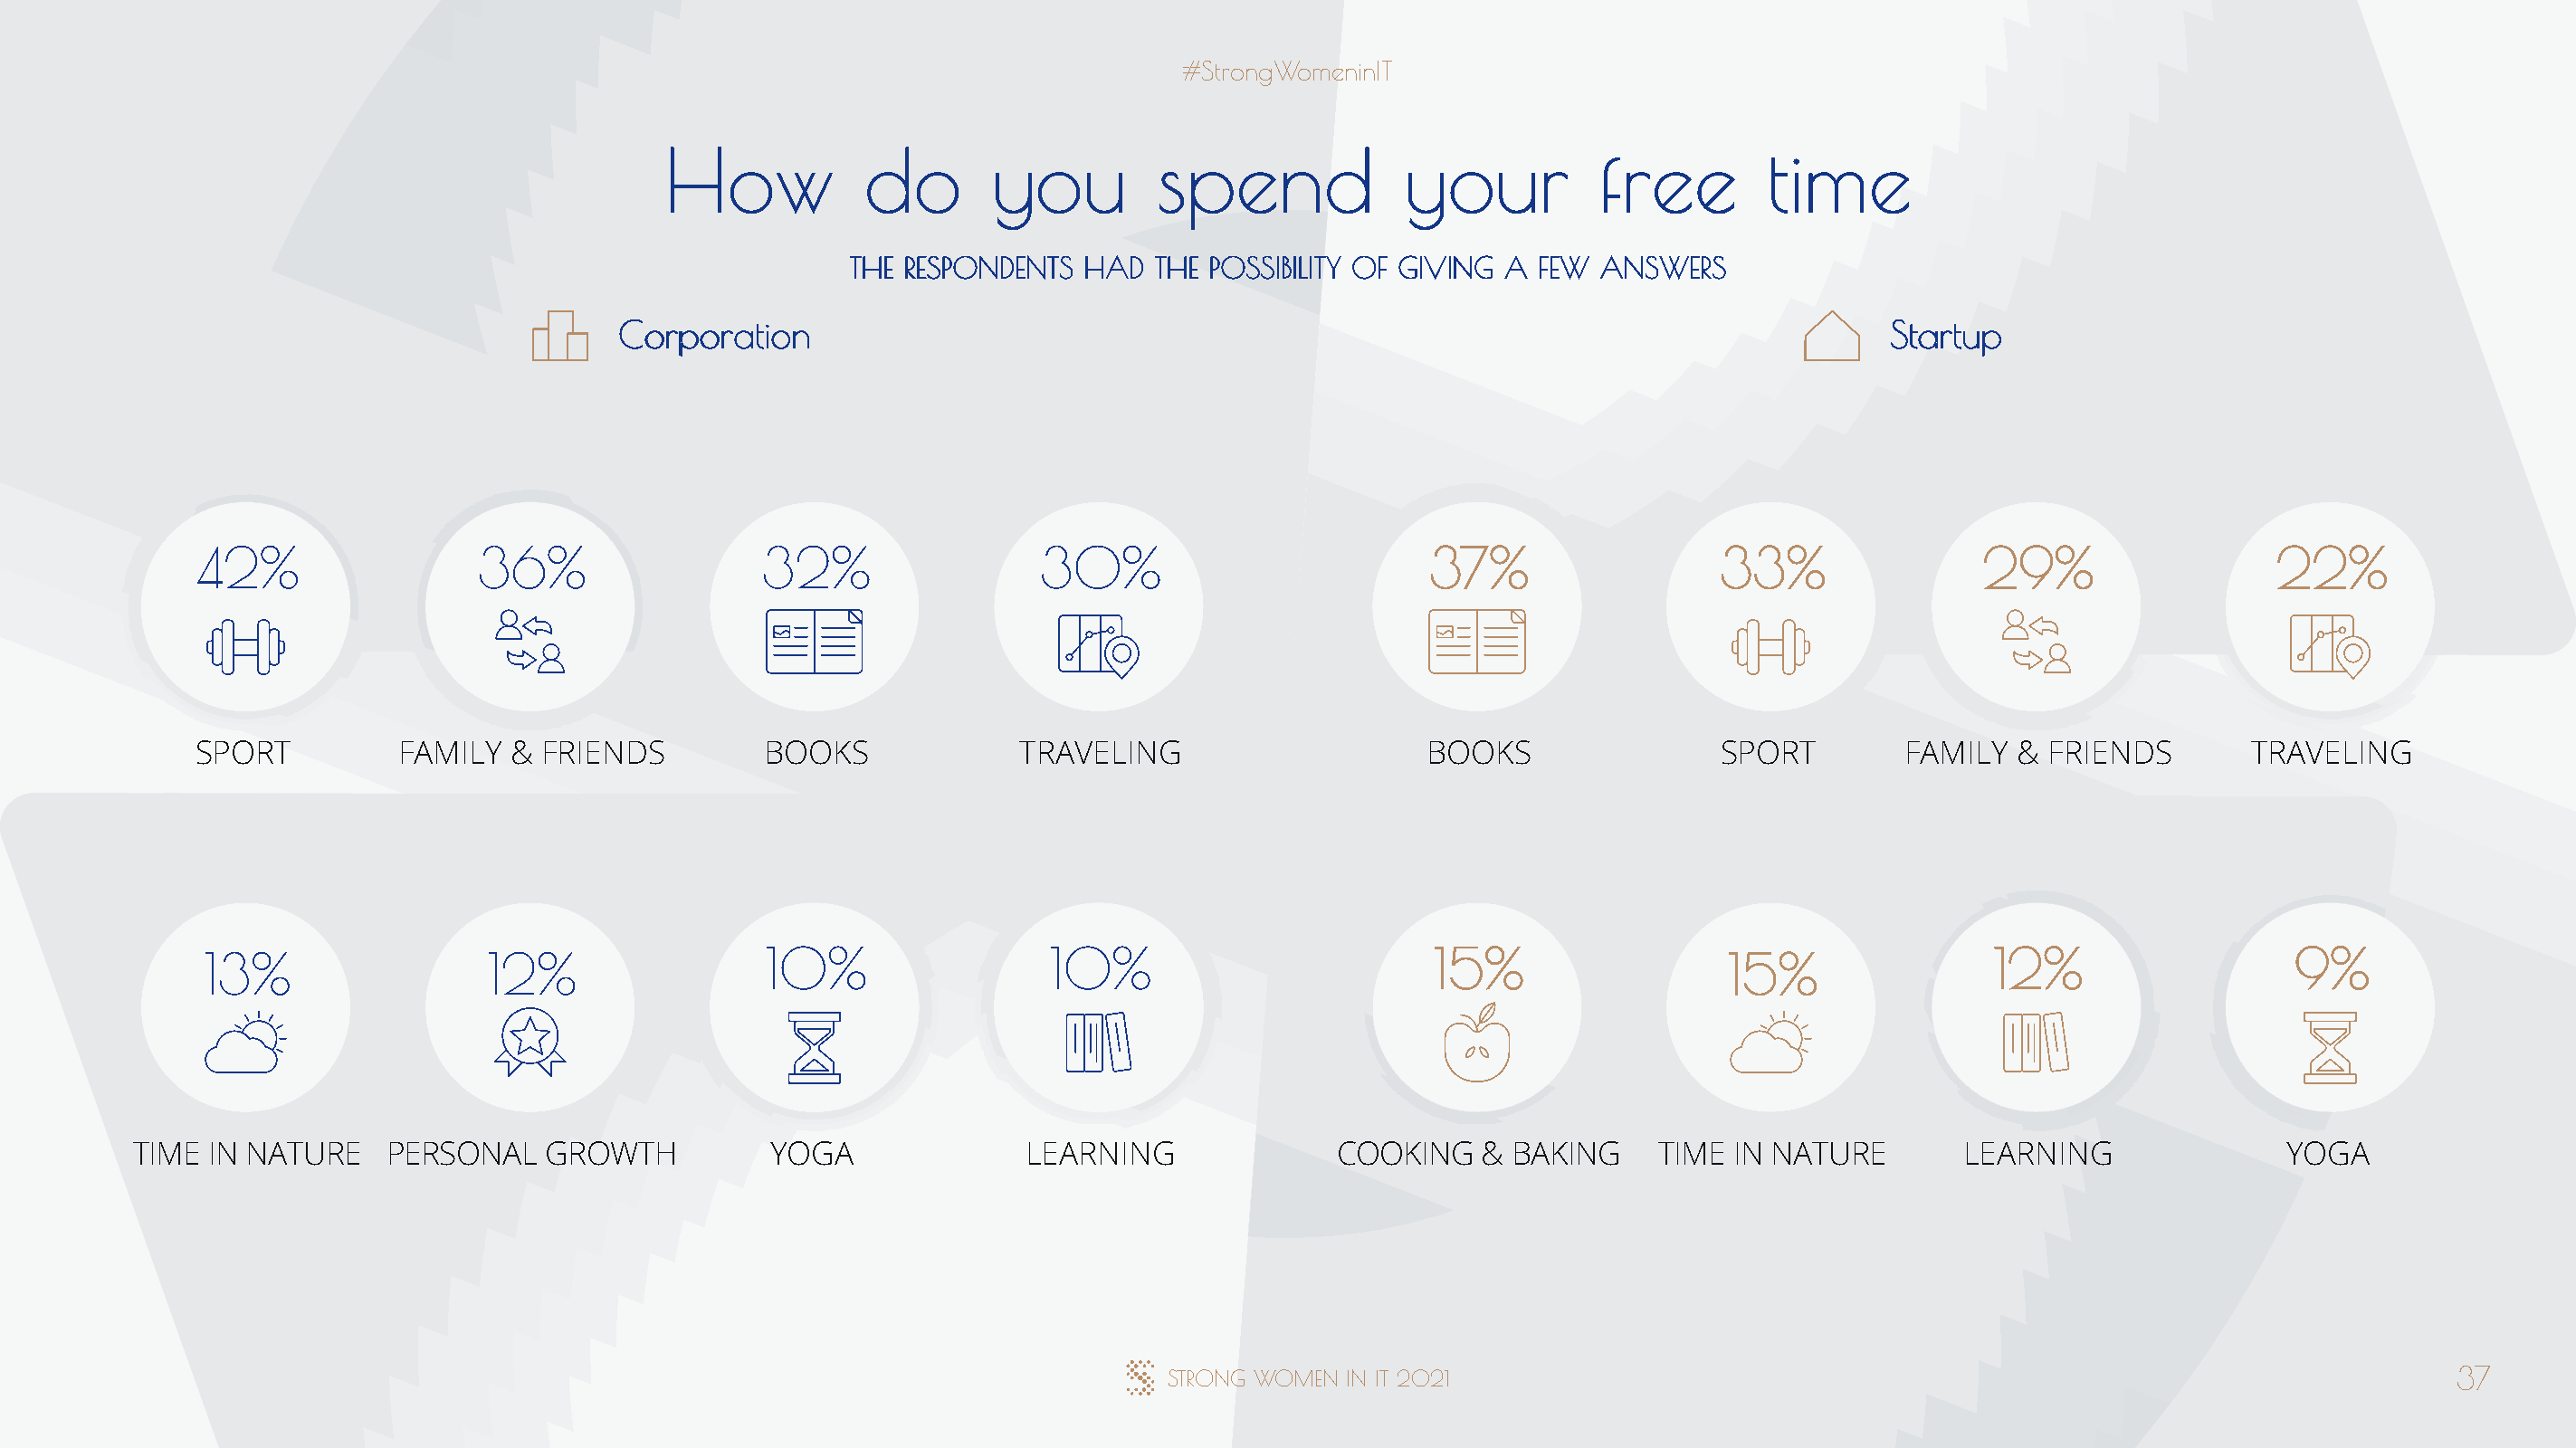
#StrongWomeninIT
 How           do        you         spend             your          free        time
 THE RESPONDENTS  HAD  THE POSSIBILITY OF GIVING A  FEW ANSWERS
 Corporation                                                                                  Startup
 42%                  36%                  32%                 30%                          37%                  33%                29%                   22%
 SPORT          FAMILY  &  FRIENDS         BOOKS              TRAVELING                    BOOKS                 SPORT        FAMILY   & FRIENDS        TRAVELING
 13%                  12%                 10%                  10%                         15%                  15%                 12%                   9%
 TIME IN NATURE    PERSONAL    GROWTH          YOGA               LEARNING               COOKING   &  BAKING    TIME  IN NATURE        LEARNING               YOGA
 STRONG WOMEN  IN IT 2021                                                                       37